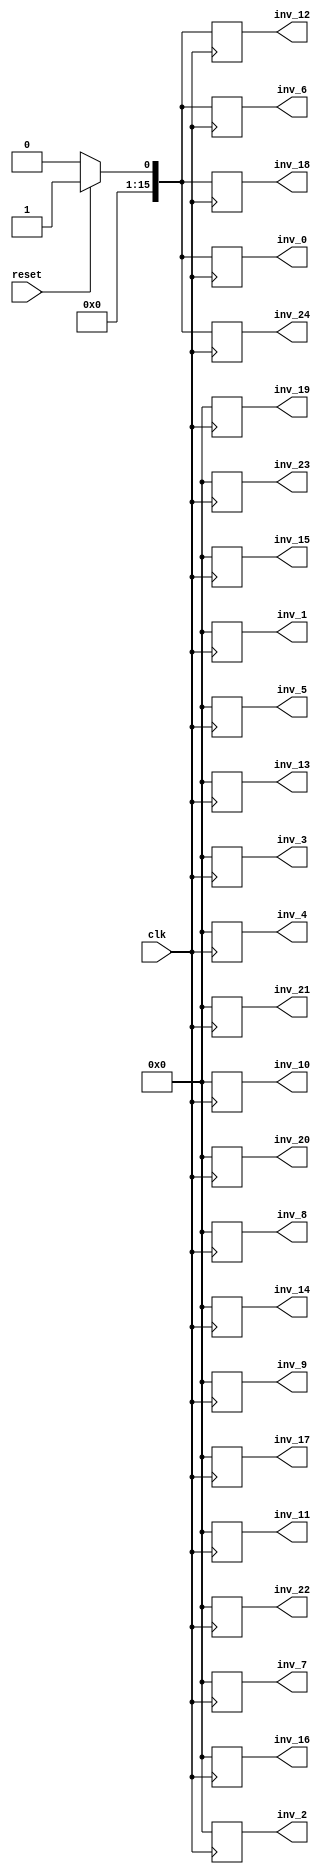
`timescale 1ns / 1ps
//////////////////////////////////////////////////////////////////////////////////
//Dhruti chandarana
// Target Devices: 
// Tool versions: 
// Description: 
//
// Dependencies: 
//
// Revision: 
// Revision 0.01 - File Created
// Additional Comments: 
//
//////////////////////////////////////////////////////////////////////////////////
module Matrix_Inverse(clk,reset,inv_0,inv_1,inv_2,inv_3,inv_4,inv_5,inv_6,inv_7,inv_8,inv_9,inv_10,inv_11,inv_12,inv_13,inv_14,inv_15,inv_16,inv_17,inv_18,inv_19,inv_20,inv_21,inv_22,inv_23,inv_24);
//output declaration 
output reg [15:0] inv_0,inv_1,inv_2,inv_3,inv_4,inv_5,inv_6,inv_7,inv_8,inv_9,inv_10,inv_11,inv_12,inv_13,inv_14,inv_15,inv_16,inv_17,inv_18,inv_19,inv_20,inv_21,inv_22,inv_23,inv_24;

//input declaration
input clk, reset;

//reg declaration
reg [15:0]A[24:0];	//Input matrix A
reg [15:0]I[24:0];	//Identity matrix I
reg [15:0]mult;	//constant for multiplication

//integer declaration
integer i;



//at posedge of clk the outputs will be generated
always @ (posedge clk)
begin
	if(reset==1'b1)
	begin
		A[0]=16'h1;
		A[1]=16'h0;
		A[2]=16'h0;
		A[3]=16'h0;
		A[4]=16'h0;

		A[5]=16'h0;
		A[6]=16'h1;
		A[7]=16'h0;
		A[8]=16'h0;
		A[9]=16'h0;

		A[10]=16'h0;
		A[11]=16'h0;
		A[12]=16'h1;
		A[13]=16'h0;
		A[14]=16'h0;

		A[15]=16'h0;
		A[16]=16'h0;
		A[17]=16'h0;
		A[18]=16'h1;
		A[19]=16'h0;

		A[20]=16'h0;
		A[21]=16'h0;
		A[22]=16'h0;
		A[23]=16'h0;
		A[24]=16'h1;

		I[0]=16'b1;
		I[1]=16'b0;
		I[2]=16'b0;
		I[3]=16'b0;
		I[4]=16'b0;

		I[5]=16'b0;
		I[6]=16'b1;
		I[7]=16'b0;
		I[8]=16'b0;
		I[9]=16'b0;

		I[10]=16'b0;
		I[11]=16'b0;
		I[12]=16'b1;
		I[13]=16'b0;
		I[14]=16'b0;

		I[15]=16'b0;
		I[16]=16'b0;
		I[17]=16'b0;
		I[18]=16'b1;
		I[19]=16'b0;

		I[20]=16'b0;
		I[21]=16'b0;
		I[22]=16'b0;
		I[23]=16'b0;
		I[24]=16'b1;

		mult=A[0];

		A[0]=(A[0]/mult);
		A[1]=(A[1]/mult);
		A[2]=(A[2]/mult);
		A[3]=(A[3]/mult);
		A[4]=(A[4]/mult);

		I[0]=(I[0]/mult);
		I[1]=(I[1]/mult);
		I[2]=(I[2]/mult);
		I[3]=(I[3]/mult);
		I[4]=(I[4]/mult);

		mult=A[5];

		A[5]=A[5]-(A[0]*mult);
		A[6]=A[6]-(A[1]*mult);
		A[7]=A[7]-(A[2]*mult);
		A[8]=A[8]-(A[3]*mult);
		A[9]=A[9]-(A[4]*mult);

		I[5]=I[5]-(I[0]*mult);
		I[6]=I[6]-(I[1]*mult);
		I[7]=I[7]-(I[2]*mult);
		I[8]=I[8]-(I[3]*mult);
		I[9]=I[9]-(I[4]*mult);

		mult=A[10];

		A[10]=A[10]-(A[0]*mult);
		A[11]=A[11]-(A[1]*mult);
		A[12]=A[12]-(A[2]*mult);
		A[13]=A[13]-(A[3]*mult);
		A[14]=A[14]-(A[4]*mult);

		I[10]=I[10]-(I[0]*mult);
		I[11]=I[11]-(I[1]*mult);
		I[12]=I[12]-(I[2]*mult);
		I[13]=I[13]-(I[3]*mult);
		I[14]=I[14]-(I[4]*mult);

		mult=A[15];

		A[15]=A[15]-(A[0]*mult);
		A[16]=A[16]-(A[1]*mult);
		A[17]=A[17]-(A[2]*mult);
		A[18]=A[18]-(A[3]*mult);
		A[19]=A[19]-(A[4]*mult);


		I[15]=I[15]-(I[0]*mult);
		I[16]=I[16]-(I[1]*mult);
		I[17]=I[17]-(I[2]*mult);
		I[18]=I[18]-(I[3]*mult);
		I[19]=I[19]-(I[4]*mult);

		mult=A[20];

		A[20]=A[20]-(A[0]*mult);
		A[21]=A[21]-(A[1]*mult);
		A[22]=A[22]-(A[2]*mult);
		A[23]=A[23]-(A[3]*mult);
		A[24]=A[24]-(A[4]*mult);

		I[20]=I[20]-(I[0]*mult);
		I[21]=I[21]-(I[1]*mult);
		I[22]=I[22]-(I[2]*mult);
		I[23]=I[23]-(I[3]*mult);
		I[24]=I[24]-(I[4]*mult);

		//second row
		mult=A[6];
		A[5]=(A[5]/mult);
		A[6]=(A[6]/mult);
		A[7]=(A[7]/mult);
		A[8]=(A[8]/mult);
		A[9]=(A[9]/mult);

		I[5]=(I[5]/mult);
		I[6]=(I[6]/mult);
		I[7]=(I[7]/mult);
		I[8]=(I[8]/mult);
		I[9]=(I[9]/mult);

		mult=A[11];
		A[10]=A[10]-(mult*A[5]);
		A[11]=A[11]-(mult*A[6]);
		A[12]=A[12]-(mult*A[7]);
		A[13]=A[13]-(mult*A[8]);
		A[14]=A[14]-(mult*A[9]);

		I[10]=I[10]-(mult*I[5]);
		I[11]=I[11]-(mult*I[6]);
		I[12]=I[12]-(mult*I[7]);
		I[13]=I[13]-(mult*I[8]);
		I[14]=I[14]-(mult*I[9]);

		//for the third row
		mult=A[16];
		A[15]=A[15]-(mult*A[5]);
		A[16]=A[16]-(mult*A[6]);
		A[17]=A[17]-(mult*A[7]);
		A[18]=A[18]-(mult*A[8]);
		A[19]=A[19]-(mult*A[9]);

		I[15]=I[15]-(mult*I[5]);
		I[16]=I[16]-(mult*I[6]);
		I[17]=I[17]-(mult*I[7]);
		I[18]=I[18]-(mult*I[8]);
		I[19]=I[19]-(mult*I[9]);

		//for the fourth row
		mult=A[21];
		A[20]=A[20]-(mult*A[5]);
		A[21]=A[21]-(mult*A[6]);
		A[22]=A[22]-(mult*A[7]);
		A[23]=A[23]-(mult*A[8]);
		A[24]=A[24]-(mult*A[9]);

		I[20]=I[20]-(mult*I[5]);
		I[21]=I[21]-(mult*I[6]);
		I[22]=I[22]-(mult*I[7]);
		I[23]=I[23]-(mult*I[8]);
		I[24]=I[24]-(mult*I[9]);

		//for the last row
		mult=A[12];
		A[10]=(A[10]/mult);
		A[11]=(A[11]/mult);
		A[12]=(A[12]/mult);
		A[13]=(A[13]/mult);
		A[14]=(A[14]/mult);

		I[10]=(I[10]/mult);
		I[11]=(I[11]/mult);
		I[12]=(I[12]/mult);
		I[13]=(I[13]/mult);
		I[14]=(I[14]/mult);

		//
		mult=A[17];
		A[15]=A[15]-(A[10]*mult);
		A[16]=A[16]-(A[11]*mult);
		A[17]=A[17]-(A[12]*mult);
		A[18]=A[18]-(A[13]*mult);
		A[19]=A[19]-(A[14]*mult);

		I[15]=I[15]-(I[10]*mult);
		I[16]=I[16]-(I[11]*mult);
		I[17]=I[17]-(I[12]*mult);
		I[18]=I[18]-(I[13]*mult);
		I[19]=I[19]-(I[14]*mult);

		//
		mult=A[22];
		A[20]=A[20]-(A[10]*mult);
		A[21]=A[21]-(A[11]*mult);
		A[22]=A[22]-(A[12]*mult);
		A[23]=A[23]-(A[13]*mult);
		A[24]=A[24]-(A[14]*mult);

		I[15]=I[15]-(I[10]*mult);
		I[16]=I[16]-(I[11]*mult);
		I[17]=I[17]-(I[12]*mult);
		I[18]=I[18]-(I[13]*mult);
		I[19]=I[19]-(I[14]*mult);

		//
		mult=A[18];
		A[15]=(A[15]/mult);
		A[16]=(A[16]/mult);
		A[17]=(A[17]/mult);
		A[18]=(A[18]/mult);
		A[19]=(A[19]/mult);

		I[15]=(I[15]/mult);
		I[16]=(I[16]/mult);
		I[17]=(I[17]/mult);
		I[18]=(I[18]/mult);
		I[19]=(I[19]/mult);

		//
		mult=A[23];
		A[20]=A[20]-(mult*A[15]);
		A[21]=A[21]-(mult*A[16]);
		A[22]=A[22]-(mult*A[17]);
		A[23]=A[23]-(mult*A[18]);
		A[24]=A[24]-(mult*A[19]);

		I[20]=I[20]-(mult*I[15]);
		I[21]=I[21]-(mult*I[16]);
		I[22]=I[22]-(mult*I[17]);
		I[23]=I[23]-(mult*I[18]);
		I[24]=I[24]-(mult*I[19]);

		//
		mult=A[24];
		A[20]=(A[20]/mult);
		A[21]=(A[21]/mult);
		A[22]=(A[22]/mult);
		A[23]=(A[23]/mult);
		A[24]=(A[24]/mult);

		I[20]=(I[20]/mult);
		I[21]=(I[21]/mult);
		I[22]=(I[22]/mult);
		I[23]=(I[23]/mult);
		I[24]=(I[24]/mult);

		//rref
		mult=A[1];
		A[0]=A[0]-(mult*A[5]);
		A[1]=A[1]-(mult*A[6]);
		A[2]=A[2]-(mult*A[7]);
		A[3]=A[3]-(mult*A[8]);
		A[4]=A[4]-(mult*A[9]);

		I[0]=I[0]-(mult*I[5]);
		I[1]=I[1]-(mult*I[6]);
		I[2]=I[2]-(mult*I[7]);
		I[3]=I[3]-(mult*I[8]);
		I[4]=I[4]-(mult*I[9]);

		//
		mult=A[7];
		A[5]=A[5]-(mult*A[10]);
		A[6]=A[6]-(mult*A[11]);
		A[7]=A[7]-(mult*A[12]);
		A[8]=A[8]-(mult*A[13]);
		A[9]=A[9]-(mult*A[14]);

		I[5]=I[5]-(mult*I[10]);
		I[6]=I[6]-(mult*I[11]);
		I[7]=I[7]-(mult*I[12]);
		I[8]=I[8]-(mult*I[13]);
		I[9]=I[9]-(mult*I[14]);

		//
		mult=A[2];
		A[0]=A[0]-(mult*A[10]);
		A[1]=A[1]-(mult*A[11]);
		A[2]=A[2]-(mult*A[12]);
		A[3]=A[3]-(mult*A[13]);
		A[4]=A[4]-(mult*A[14]);

		I[0]=I[0]-(mult*I[10]);
		I[1]=I[1]-(mult*I[11]);
		I[2]=I[2]-(mult*I[12]);
		I[3]=I[3]-(mult*I[13]);
		I[4]=I[4]-(mult*I[14]);

		//
		mult=A[13];
		A[10]=A[10]-(mult*A[15]);
		A[11]=A[11]-(mult*A[16]);
		A[12]=A[12]-(mult*A[17]);
		A[13]=A[13]-(mult*A[18]);
		A[14]=A[14]-(mult*A[19]);

		I[10]=I[10]-(mult*I[15]);
		I[11]=I[11]-(mult*I[16]);
		I[12]=I[12]-(mult*I[17]);
		I[13]=I[13]-(mult*I[18]);
		I[14]=I[14]-(mult*I[19]);

		//
		mult=A[8];
		A[5]=A[5]-(mult*A[15]);
		A[6]=A[6]-(mult*A[16]);
		A[7]=A[7]-(mult*A[17]);
		A[8]=A[8]-(mult*A[18]);
		A[9]=A[9]-(mult*A[19]);

		I[5]=I[5]-(mult*I[15]);
		I[6]=I[6]-(mult*I[16]);
		I[7]=I[7]-(mult*I[17]);
		I[8]=I[8]-(mult*I[18]);
		I[9]=I[9]-(mult*I[19]);

		//
		mult=A[3];
		A[0]=A[0]-(mult*A[15]);
		A[1]=A[1]-(mult*A[16]);
		A[2]=A[2]-(mult*A[17]);
		A[3]=A[3]-(mult*A[18]);
		A[4]=A[4]-(mult*A[19]);

		I[0]=I[0]-(mult*I[15]);
		I[1]=I[1]-(mult*I[16]);
		I[2]=I[2]-(mult*I[17]);
		I[3]=I[3]-(mult*I[18]);
		I[4]=I[4]-(mult*I[19]);

		inv_20=(I[20]/A[24]);
		inv_21=(I[21]/A[24]);
		inv_22=(I[22]/A[24]);
		inv_23=(I[23]/A[24]);
		inv_24=(I[24]/A[24]);

		//
		mult=A[19];
		A[15]=A[15]-(mult*A[20]);
		A[16]=A[16]-(mult*A[21]);
		A[17]=A[17]-(mult*A[22]);
		A[18]=A[18]-(mult*A[23]);
		A[19]=A[19]-(mult*A[24]);

		inv_15=I[15]-(mult*I[20]);
		inv_16=I[16]-(mult*I[21]);
		inv_17=I[17]-(mult*I[22]);
		inv_18=I[18]-(mult*I[23]);
		inv_19=I[19]-(mult*I[24]);

		//
		mult=A[14];
		A[10]=A[10]-(mult*A[20]);
		A[11]=A[11]-(mult*A[21]);
		A[12]=A[12]-(mult*A[22]);
		A[13]=A[13]-(mult*A[23]);
		A[14]=A[14]-(mult*A[24]);

		inv_10=I[10]-(mult*I[20]);
		inv_11=I[11]-(mult*I[21]);
		inv_12=I[12]-(mult*I[22]);
		inv_13=I[13]-(mult*I[23]);
		inv_14=I[14]-(mult*I[24]);

		//
		mult=A[9];
		A[5]=A[5]-(mult*A[20]);
		A[6]=A[6]-(mult*A[21]);
		A[7]=A[7]-(mult*A[22]);
		A[8]=A[8]-(mult*A[23]);
		A[9]=A[9]-(mult*A[24]);

		inv_5=I[5]-(mult*I[20]);
		inv_6=I[6]-(mult*I[21]);
		inv_7=I[7]-(mult*I[22]);
		inv_8=I[8]-(mult*I[23]);
		inv_9=I[9]-(mult*I[24]);

		//
		mult=A[4];
		A[0]=A[0]-(mult*A[20]);
		A[1]=A[1]-(mult*A[21]);
		A[2]=A[2]-(mult*A[22]);
		A[3]=A[3]-(mult*A[23]);
		A[4]=A[4]-(mult*A[24]);

		inv_0=I[0]-(mult*I[20]);
		inv_1=I[1]-(mult*I[21]);
		inv_2=I[2]-(mult*I[22]);
		inv_3=I[3]-(mult*I[23]);
		inv_4=I[4]-(mult*I[24]);
	end
	
	else
	begin
		inv_0 <= 0;
		inv_1 <= 0;
		inv_2 <= 0;
		inv_3 <= 0;
		inv_4 <= 0;
		inv_5 <= 0;
		inv_6 <= 0;
		inv_7 <= 0;
		inv_8 <= 0;
		inv_9 <= 0;
		inv_10 <= 0;
		inv_11 <= 0;
		inv_12 <= 0;
		inv_13 <= 0;
		inv_14 <= 0;
		inv_15 <= 0;
		inv_16 <= 0;
		inv_17 <= 0;
		inv_18 <= 0;
		inv_19 <= 0;
		inv_20 <= 0;
		inv_21 <= 0;
		inv_22 <= 0;
		inv_23 <= 0;
		inv_24 <= 0;
	end
end

endmodule
//End of code